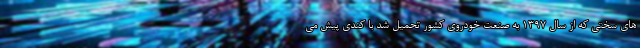
های سختی که از سال 1397 به صنعت خودروی کشور تحمیل شد با کندی پیش می